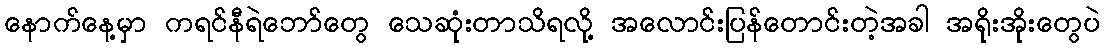
နောက်နေ့မှာ ကရင်နီရဲဘော်တွေ သေဆုံးတာသိရလို့ အလောင်းပြန်တောင်းတဲ့အခါ အရိုးအိုးတွေပဲ